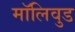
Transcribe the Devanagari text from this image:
मॉलिवुड